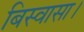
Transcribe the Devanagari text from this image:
बिस्वासा।